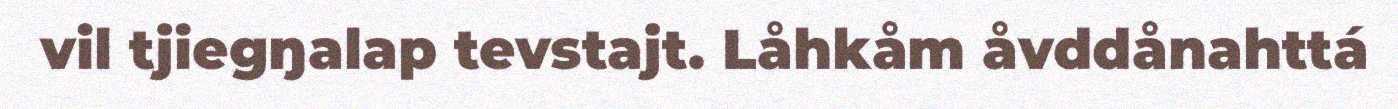
vil tjiegŋalap tevstajt. Låhkåm åvddånahttá